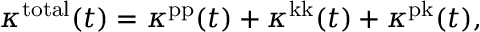
\kappa ^ { \mathrm { t o t a l } } ( t ) = \kappa ^ { \mathrm { p p } } ( t ) + \kappa ^ { \mathrm { k k } } ( t ) + \kappa ^ { \mathrm { p k } } ( t ) ,